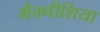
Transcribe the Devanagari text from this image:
मैक्नीशिया